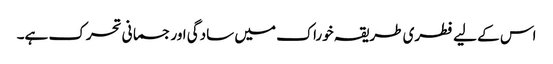
اس کے لیے فطری طریقہ خوراک میں سادگی اور جسمانی تحرک ہے۔